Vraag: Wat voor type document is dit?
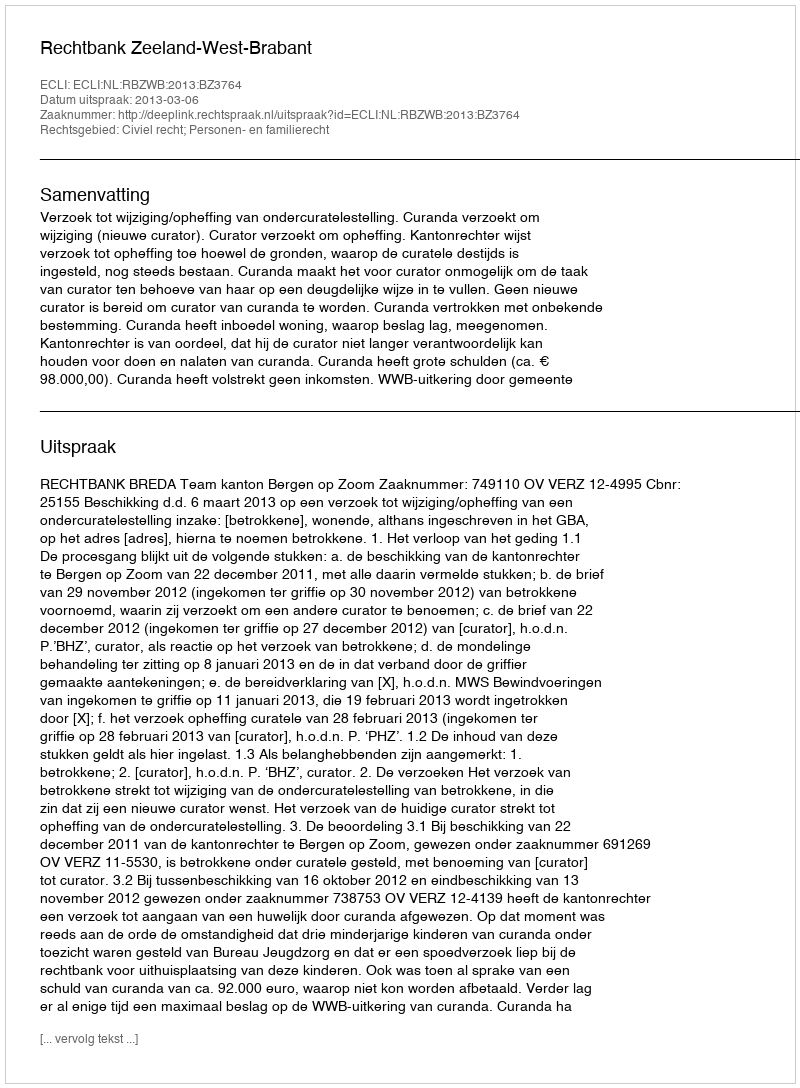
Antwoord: Uitspraak